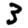
Digit: 3